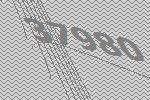
37980